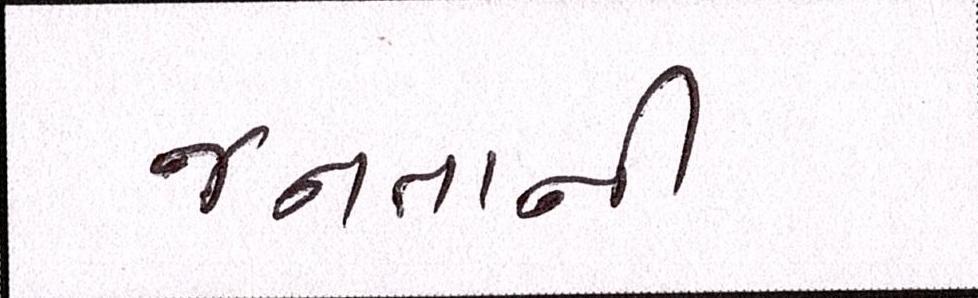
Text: જનતાની